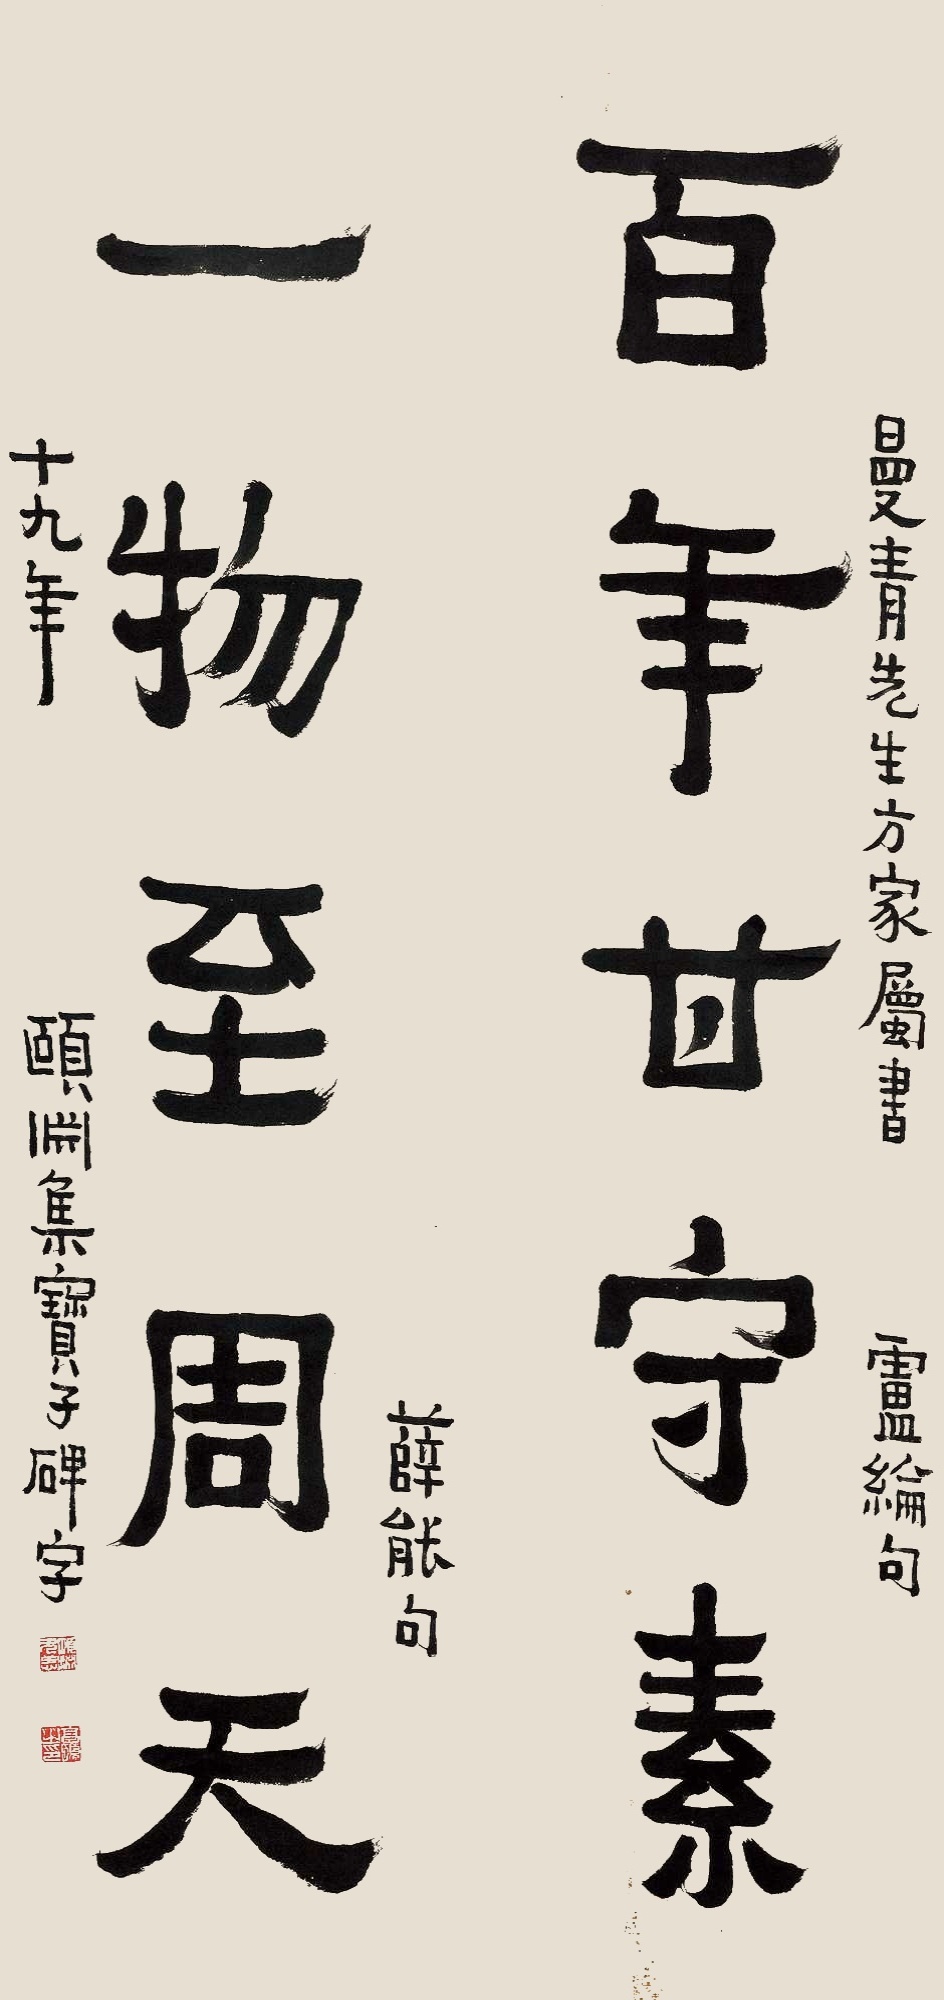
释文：百年甘守素，一物至周天。曼青先生方家属书卢纶句、薛能句，十九年，颐渊集宝子碑字。